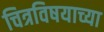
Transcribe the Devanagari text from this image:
चित्रविषयाच्या